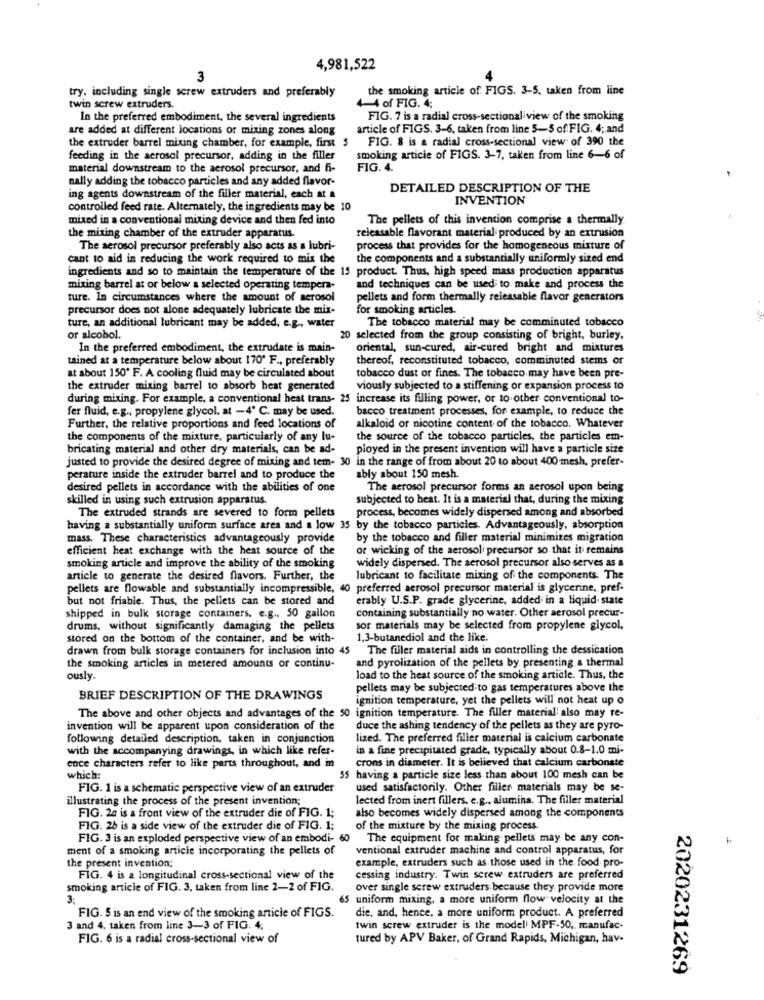
4,981,522
3
try, including single screw extruders and preferably
the smoking article of FIGS. 3-5, taken from line
twin screw extruders.
4-4 of FIG. 4;
In the preferred embodiment, the several ingredients
FIG. 7 is a radial cross-sectional view of the smoking
are added at different locations or mixing zones along
article of FIGS. 3-6, taken from line 5-5 of FIG. 4; and
the extruder barrel mixing chamber, for example, first $
FIG. 8 is a radial cross-sectional view of 390 the
feeding in the aerosol precursor, adding in the filler
smoking article of FIGS. 3-7, taken from line 6-6 of
material downstream to the aerosol precursor, and fi-
FIG. 4.
nally adding the tobacco particles and any added flavor-
DETAILED DESCRIPTION OF THE
ing agents downstream of the filler material, each at a
INVENTION
controlled feed rate. Alternately, the ingredients may be 10
mixed in a conventional mixing device and then fed into
The pellets of this invention comprise a thermally
the mixing chamber of the extruder apparatus.
reicasable flavorant material produced by an extrusion
The aerosol precursor preferably also acts as a lubri-
process that provides for the homogeneous mixture of
cant to aid in reducing the work required to mix the
the components and a substantially uniformly sized end
ingredients and so to maintain the temperature of the 15 product. Thus, high speed mass production apparatus
mixing barrel at or below a selected operating tempera-
and techniques can be used to make and process the
ture. In circumstances where the amount of aerosol
pellets and form thermally releasable flavor generators
precursor does not alone adequately lubricate the mix-
for smoking articles.
The tobacco material may be comminuted tobacco
ture, an additional lubricant may be added, e.g ., water
or alcohol.
20 selected from the group consisting of bright, burley,
In the preferred embodiment, the extrudate is main-
oriental, sun-cured, air-cured bright and mixtures
tained at a temperature below about 170' F ., preferably
thereof, reconstituted tobacco, comminuted stems or
at about 150º F. A cooling fluid may be circulated about
tobacco dust or fines. The tobacco may have been pre-
the extruder mixing barrel to absorb heat generated
viously subjected to a stiffening or expansion process to
during mixing. For example, a conventional heat trans- 25 increase its filling power, or to other conventional to-
fer fluid, e.g ., propylene glycol, at -4º C. may be used.
bacco treatment processes, for example, to reduce the
Further, the relative proportions and feed locations of
alkaloid or nicotine content of the tobacco. Whatever
the components of the mixture, particularly of any lu-
the source of the tobacco particles, the particles em-
bricating material and other dry materials, can be ad-
ployed in the present invention will have a particle size
justed to provide the desired degree of mixing and tem- 30 in the range of from about 20 to about 400 mesh, prefer-
perature inside the extruder barrel and to produce the
ably about 150 mesh.
desired pellets in accordance with the abilities of one
The aerosol precursor forms an aerosol upon being
skilled in using such extrusion apparatus.
subjected to heat. It is a material that, during the mixing
process, becomes widely dispersed among and absorbed
The extruded strands are severed to form pellets
having a substantially uniform surface area and a low 35 by the tobacco particles. Advantageously, absorption
mass. These characteristics advantageously provide
by the tobacco and filler material minimizes migration
efficient heat exchange with the heat source of the
or wicking of the aerosol precursor so that it remains
widely dispersed. The aerosol precursor also serves as a
smoking article and improve the ability of the smoking
article to generate the desired flavors. Further, the
lubricant to facilitate mixing of the components. The
pellets are flowable and substantially incompressible, 40 preferred aerosol precursor material is glycerine, pref-
but not friable. Thus, the pellets can be stored and
erably U.S.P. grade glycerine, added in a liquid state
containing substantially no water. Other aerosol precur-
shipped in bulk storage containers. e.g ., 50 gallon
drums, without significantly damaging the pellets
sor materials may be selected from propylene glycol.
stored on the bottom of the container, and be with-
1.3-butanediol and the like.
drawn from bulk storage containers for inclusion into 45
The filler material aids in controlling the dessication
and pyrolization of the pellets by presenting a thermal
the smoking articles in metered amounts of continu-
ously
load to the heat source of the smoking article. Thus, the
pellets may be subjected to gas temperatures above the
BRIEF DESCRIPTION OF THE DRAWINGS
ignition temperature, yet the pellets will not heat up o
The above and other objects and advantages of the 50 ignition temperature. The filler material also may re-
invention will be apparent upon consideration of the
duce the ashing tendency of the pellets as they are pyro-
following detailed description. taken in conjunction
lized. The preferred filler material is calcium carbonate
with the accompanying drawings, in which like refer-
in a fine precipitated grade, typically about 0.8-1.0 mi-
crons in diameter. It is believed that calcium carbonate
ence characters refer to like parts throughout, and in
which:
55 having a particle size less than about 100 mesh can be
FIG. 1 is a schematic perspective view of an extruder
used satisfactorily. Other filler materials may be se-
illustrating the process of the present invention;
lected from inert fillers. e.g ., alumina. The filler material
FIG. 2a is a front view of the extruder die of FIG. 1;
also becomes widely dispersed among the components
FIG. 26 is a side view of the extruder die of FIG. 1;
of the mixture by the mixing process.
FIG. 3 is an exploded perspective view of an embodi- 6
The equipment for making pellets may be any con-
ment of a smoking article incorporating the pellets of
ventional extruder machine and control apparatus, for
example, extruders such as those used in the food pro-
the present invention;
FIG. 4 is a longitudinal cross-sectional view of the
cessing industry. Twin screw extruders are preferred
smoking article of FIG. 3, taken from line 2-2 of FIG.
over single serew extruders because they provide more
3:
65 uniform mixing, a more uniform flow velocity at the
die, and, hence. a more uniform product. A preferred
FIG. 5 is an end view of the smoking article of FIGS.
3 and 4. taken from line 3-3 of FIG. 4;
twin screw extruder is the model MPF-50; manufac-
FIG. 6 is a radial cross-sectional view of
tured by APV Baker, of Grand Rapids, Michigan, hav-
2020231269